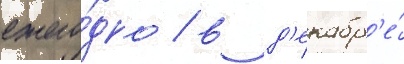
ежего́дно / в д'екабр'е́